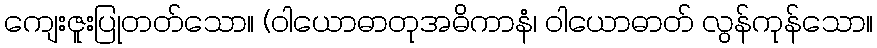
ကျေးဇူးပြုတတ်သော။ (ဝါယောဓာတုအဓိကာနံ၊ ဝါယောဓာတ် လွန်ကုန်သော။